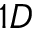
1 D